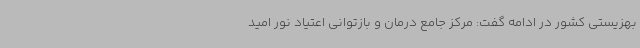
بهزیستی کشور در ادامه گفت: مرکز جامع درمان و بازتوانی اعتیاد نور امید